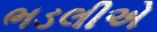
ભડલીએ